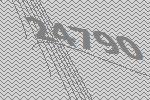
24790